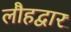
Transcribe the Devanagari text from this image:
लौहद्वार